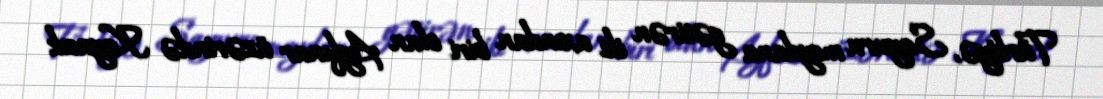
Türkiyə, Sayuru meydana gətirən iki axından biri olan Ayfınar üzərində Kayacık